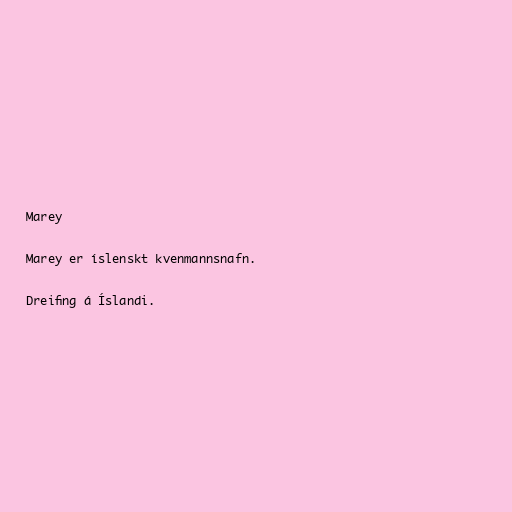
Marey

Marey er íslenskt kvenmannsnafn.

Dreifing á Íslandi.